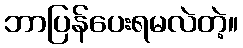
ဘာပြန်ပေးရမလဲတဲ့။